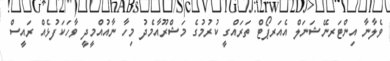
ވެލާނާ އިންޓަރނޭޝަނަލް އެއަރޕޯޓް ތަރައްގީ ކުރުމުގެ މަޝްރޫއާމެދު މިހާ ނާއުއްމީދީ ވާހަކަފުޅެއް ރައީސް